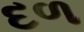
દળ